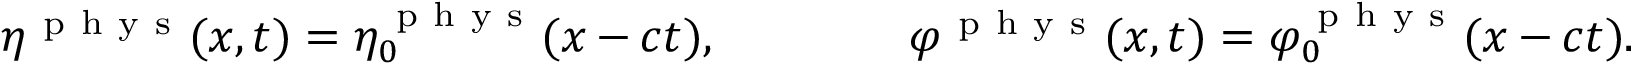
\eta ^ { \mathrm { ~ p ~ h ~ y ~ s ~ } } ( x , t ) = \eta _ { 0 } ^ { \mathrm { ~ p ~ h ~ y ~ s ~ } } ( x - c t ) , \qquad \qquad \varphi ^ { \mathrm { ~ p ~ h ~ y ~ s ~ } } ( x , t ) = \varphi _ { 0 } ^ { \mathrm { ~ p ~ h ~ y ~ s ~ } } ( x - c t ) .